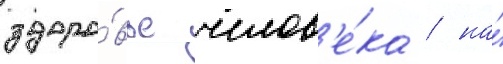
здоро́вье челов'е́ка / на́